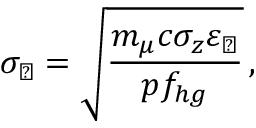
\sigma _ { \perp } = \sqrt { \frac { m _ { \mu } c \sigma _ { z } \varepsilon _ { \perp } } { p f _ { h g } } } \, ,